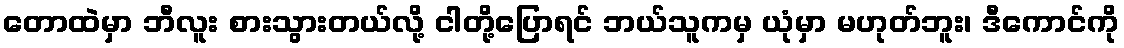
တောထဲမှာ ဘီလူး စားသွားတယ်လို့ ငါတို့ပြောရင် ဘယ်သူကမှ ယုံမှာ မဟုတ်ဘူး၊ ဒီကောင်ကို